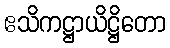
ဧသိကဋ္ဌာယိဋ္ဌိတော